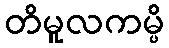
တိမူလကမ္ပိ